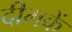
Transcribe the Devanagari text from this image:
दीमकें